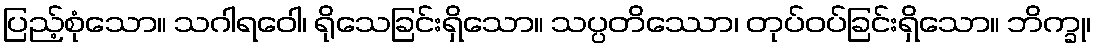
ပြည့်စုံသော။ သဂါရဝေါ၊ ရိုသေခြင်းရှိသော။ သပ္ပတိဿော၊ တုပ်ဝပ်ခြင်းရှိသော။ ဘိက္ခု၊